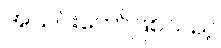
အသင်းတော်ဖြစ်သည့်